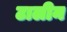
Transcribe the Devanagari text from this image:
टालीन